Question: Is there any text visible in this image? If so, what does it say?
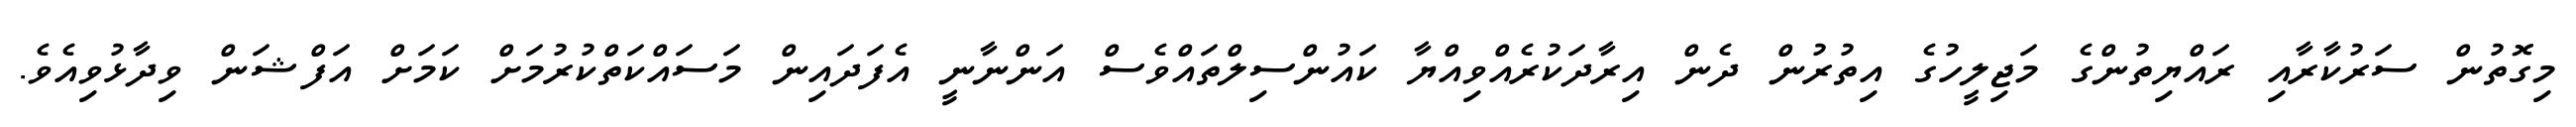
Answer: މިގޮތުން ސަރުކާރާއި ރައްޔިތުންގެ މަޖިލީހުގެ އިތުރުން ދެން އިރާދަކުރެއްވިއްޔާ ކައުންސިލްތައްވެސް އަންނާނީ އެފަދައިން މަސައްކަތްކުރުމަށް ކަމަށް އަފްޝަން ވިދާޅުވިއެވެ.